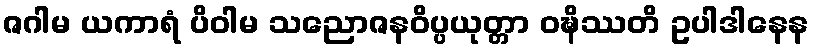
ဇဂါမ ယကာရံ ပိဝါမ သညောဇနဝိပ္ပယုတ္တာ ဝဍ္ဎိဿတိ ဥပါဒါနေန